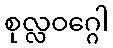
စုလ္လဝဂ္ဂေါ